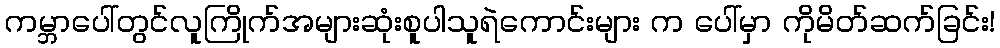
ကမ္ဘာပေါ်တွင်လူကြိုက်အများဆုံးစူပါသူရဲကောင်းများ က ပေါ်မှာ ကိုမိတ်ဆက်ခြင်း!